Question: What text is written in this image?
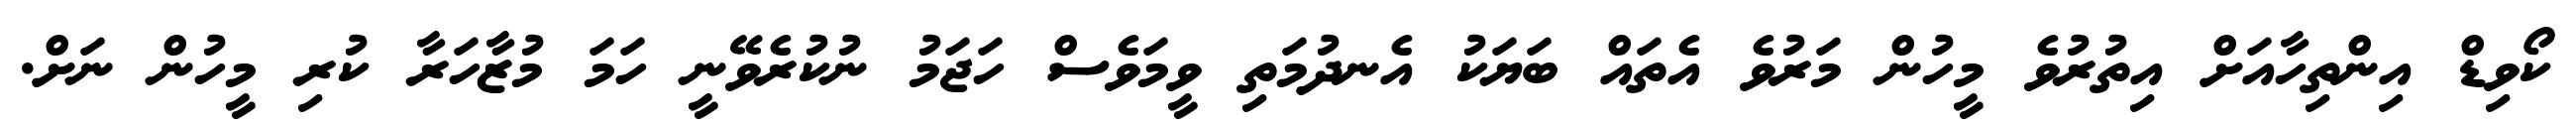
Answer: ކޯވިޑް އިންތިހާއަށް އިތުރުވެ މީހުން މަރުވެ އެތައް ބަޔަކު އެނދުމަތި ވީމަވެސް ހަޖަމު ނުކުރެވޭނީ ހަމަ މުޒާހަރާ ކުރި މީހުން ނަށް.